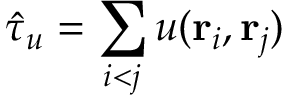
\hat { \tau } _ { u } = \sum _ { i < j } u ( { \mathbf { r } _ { i } } , { \mathbf { r } _ { j } } )